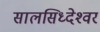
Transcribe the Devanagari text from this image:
सालसिध्‍देश्‍वर